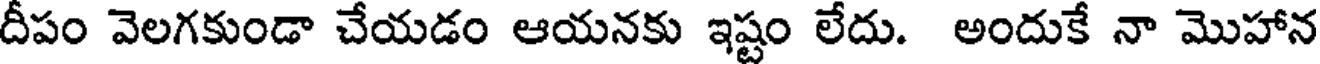
దీపం వెలగకుండా చేయడం ఆయనకు ఇష్టం లేదు. అందుకే నా మొహాన